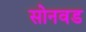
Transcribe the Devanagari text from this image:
सोनवड